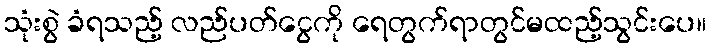
သုံးစွဲ ခံရသည့် လည်ပတ်ငွေကို ရေတွက်ရာတွင်မထည့်သွင်းပေ။